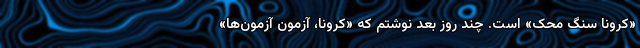
«کرونا سنگ محک» است. چند روز بعد نوشتم که «کرونا، آزمون آزمون‌ها»